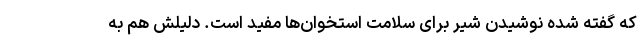
که گفته شده نوشیدن شیر برای سلامت استخوان‌ها مفید است. دلیلش هم به